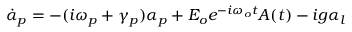
\dot { \alpha } _ { p } = - ( i \omega _ { p } + \gamma _ { p } ) \alpha _ { p } + E _ { o } e ^ { - i \omega _ { o } t } A ( t ) - i g \alpha _ { l }